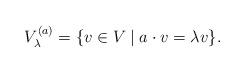
LaTeX: \begin{align*}V^{(a)}_{\lambda} = \{ v \in V \mid a \cdot v = \lambda v\}. \end{align*}